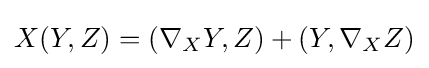
X(Y,Z)=(\nabla _{X}Y,Z)+(Y,\nabla _{X}Z)